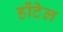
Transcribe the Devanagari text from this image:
होंटेल